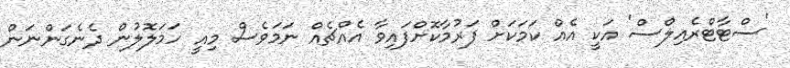
'ސްޓާޓްރެއިލްސް' އަކީ އެއް ކަމަކަށް ފަރުމާކޮށްފައިވާ އެއްޗެއް ނަމަވެސް މިއީ ހަމަލޮލުން ދެނެގަންނަން